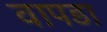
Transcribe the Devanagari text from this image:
वापडा